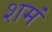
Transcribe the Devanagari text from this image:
शमं